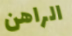
الراهن